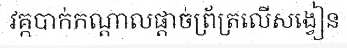
វគ្កបាក់កណ្តាលផ្តាច់ព្រ័ត្រលើសង្វៀន